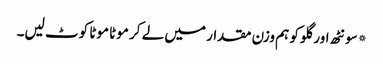
*سونٹھ اور گلو کو ہم وزن مقدار میں لے کر موٹا موٹا کوٹ لیں۔